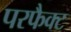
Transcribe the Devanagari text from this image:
परफैक्ट